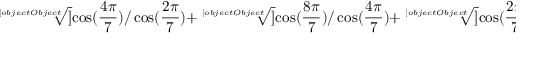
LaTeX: { \sqrt [ [object Object] ] { \cos ( { \frac { 4 \pi } { 7 } } ) / \cos ( { \frac { 2 \pi } { 7 } } ) } } + { \sqrt [ [object Object] ] { \cos ( { \frac { 8 \pi } { 7 } } ) / \cos ( { \frac { 4 \pi } { 7 } } ) } } + { \sqrt [ [object Object] ] { \cos ( { \frac { 2 \pi } { 7 } } ) / \cos ( { \frac { 8 \pi } { 7 } } ) } } = 0 .